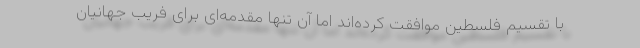
با تقسیم فلسطین موافقت کرده‌اند اما آن تنها مقدمه‌ای برای فریب جهانیان